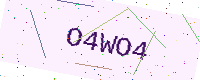
Text: O4WO4